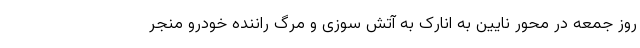
روز جمعه در محور نایین به انارک به آتش سوزی و مرگ راننده خودرو منجر